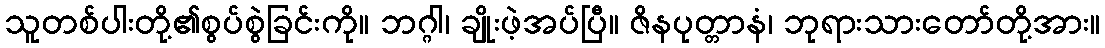
သူတစ်ပါးတို့၏စွပ်စွဲခြင်းကို။ ဘဂ္ဂါ၊ ချိုးဖဲ့အပ်ပြီ။ ဇိနပုတ္တာနံ၊ ဘုရားသားတော်တို့အား။